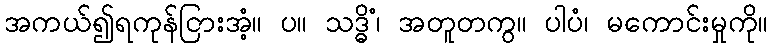
အကယ်၍ရကုန်ငြားအံ့။ ပ။ သဒ္ဓိံ၊ အတူတကွ။ ပါပံ၊ မကောင်းမှုကို။